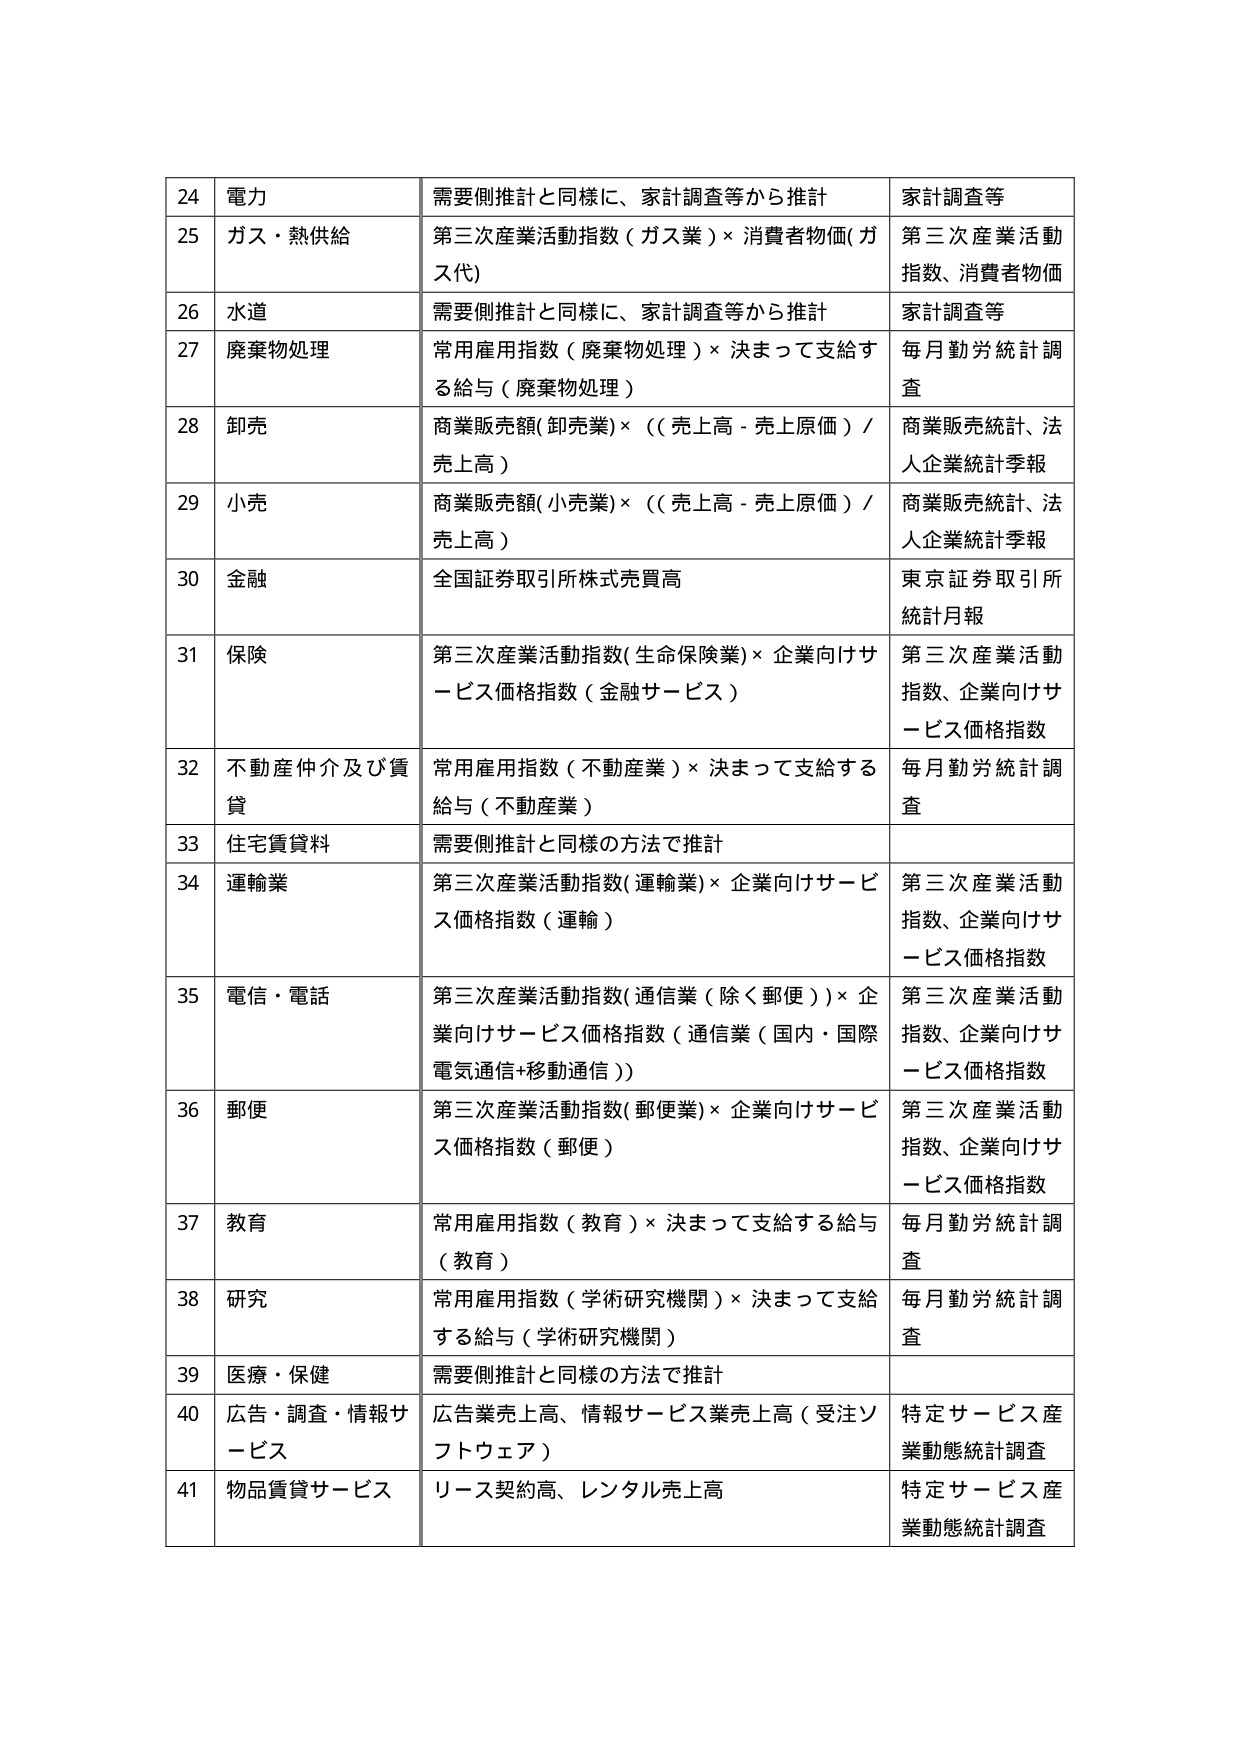
24 電力 需要側推計と同様に、家計調査等から推計 家計調査等
25 ガス・熱供給 第三次産業活動指数（ガス業）×消費者物価(ガス代) 第三次産業活動指数、消費者物価
26 水道 需要側推計と同様に、家計調査等から推計 家計調査等
27 廃棄物処理 常用雇用指数（廃棄物処理）×決まって支給する給与（廃棄物処理） 毎月勤労統計調査
28 卸売 商業販売額(卸売業)×((売上高-売上原価)/売上高) 商業販売統計、法人企業統計季報
29 小売 商業販売額(小売業)×((売上高-売上原価)/売上高) 商業販売統計、法人企業統計季報
30 金融 全国証券取引所株式売買高 東京証券取引所統計月報
31 保険 第三次産業活動指数(生命保険業)×企業向けサービス価格指数（金融サービス） 第三次産業活動指数、企業向けサービス価格指数
32 不動産仲介及び賃貸 常用雇用指数（不動産業）×決まって支給する給与（不動産業） 毎月勤労統計調査
33 住宅賃貸料 需要側推計と同様の方法で推計
34 運輸業 第三次産業活動指数(運輸業)×企業向けサービス価格指数（運輸） 第三次産業活動指数、企業向けサービス価格指数
35 電信・電話 第三次産業活動指数(通信業（除く郵便）)×企業向けサービス価格指数（通信業（国内・国際電気通信+移動通信）） 第三次産業活動指数、企業向けサービス価格指数
36 郵便 第三次産業活動指数(郵便業)×企業向けサービス価格指数（郵便） 第三次産業活動指数、企業向けサービス価格指数
37 教育 常用雇用指数（教育）×決まって支給する給与（教育） 毎月勤労統計調査
38 研究 常用雇用指数（学術研究機関）×決まって支給する給与（学術研究機関） 毎月勤労統計調査
39 医療・保健 需要側推計と同様の方法で推計
40 広告・調査・情報サービス 広告業売上高、情報サービス業売上高（受注ソフトウェア） 特定サービス産業動態統計調査
41 物品賃貸サービス リース契約高、レンタル売上高 特定サービス産業動態統計調査